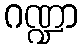
ဂဏ္ဍာ